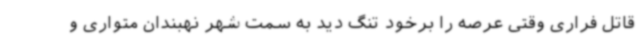
قاتل فراری وقتی عرصه را برخود تنگ دید به سمت شهر نهبندان متواری و